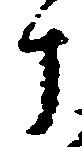
十